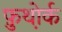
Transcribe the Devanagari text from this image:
फ़ुथ़ोर्क